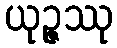
ယုဉ္ဇဿု